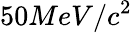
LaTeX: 50MeV/c^{2}